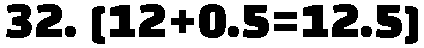
32. [12+0.5=12.5]